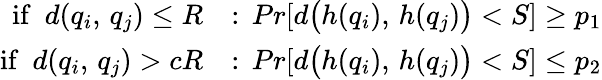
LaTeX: \begin{array}{rl}{\mathrm{if}\, \, \, d(q_{i},\, q_{j})\leq R}&{:\, Pr[d\big(h(q_{i}),\, h(q_{j})\big)<S]\geq p_{1}}\\ {\mathrm{if}\, \, \, d(q_{i},\, q_{j})>cR}&{:\, Pr[d\big(h(q_{i}),\, h(q_{j})\big)<S]\leq p_{2}}\end{array}